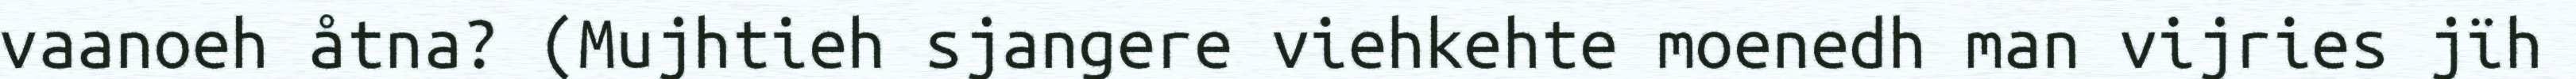
vaanoeh åtna? (Mujhtieh sjangere viehkehte moenedh man vijries jïh